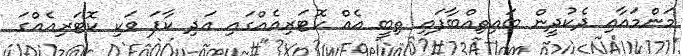
މަންމައާއި ދެކުދީން ބައިތިއްބާފައި ތިބީ އެއް ކޮޓަރިއެއްގައި އަދި ކާފަ ވަކި ކޮޓަރިއެއްގަ